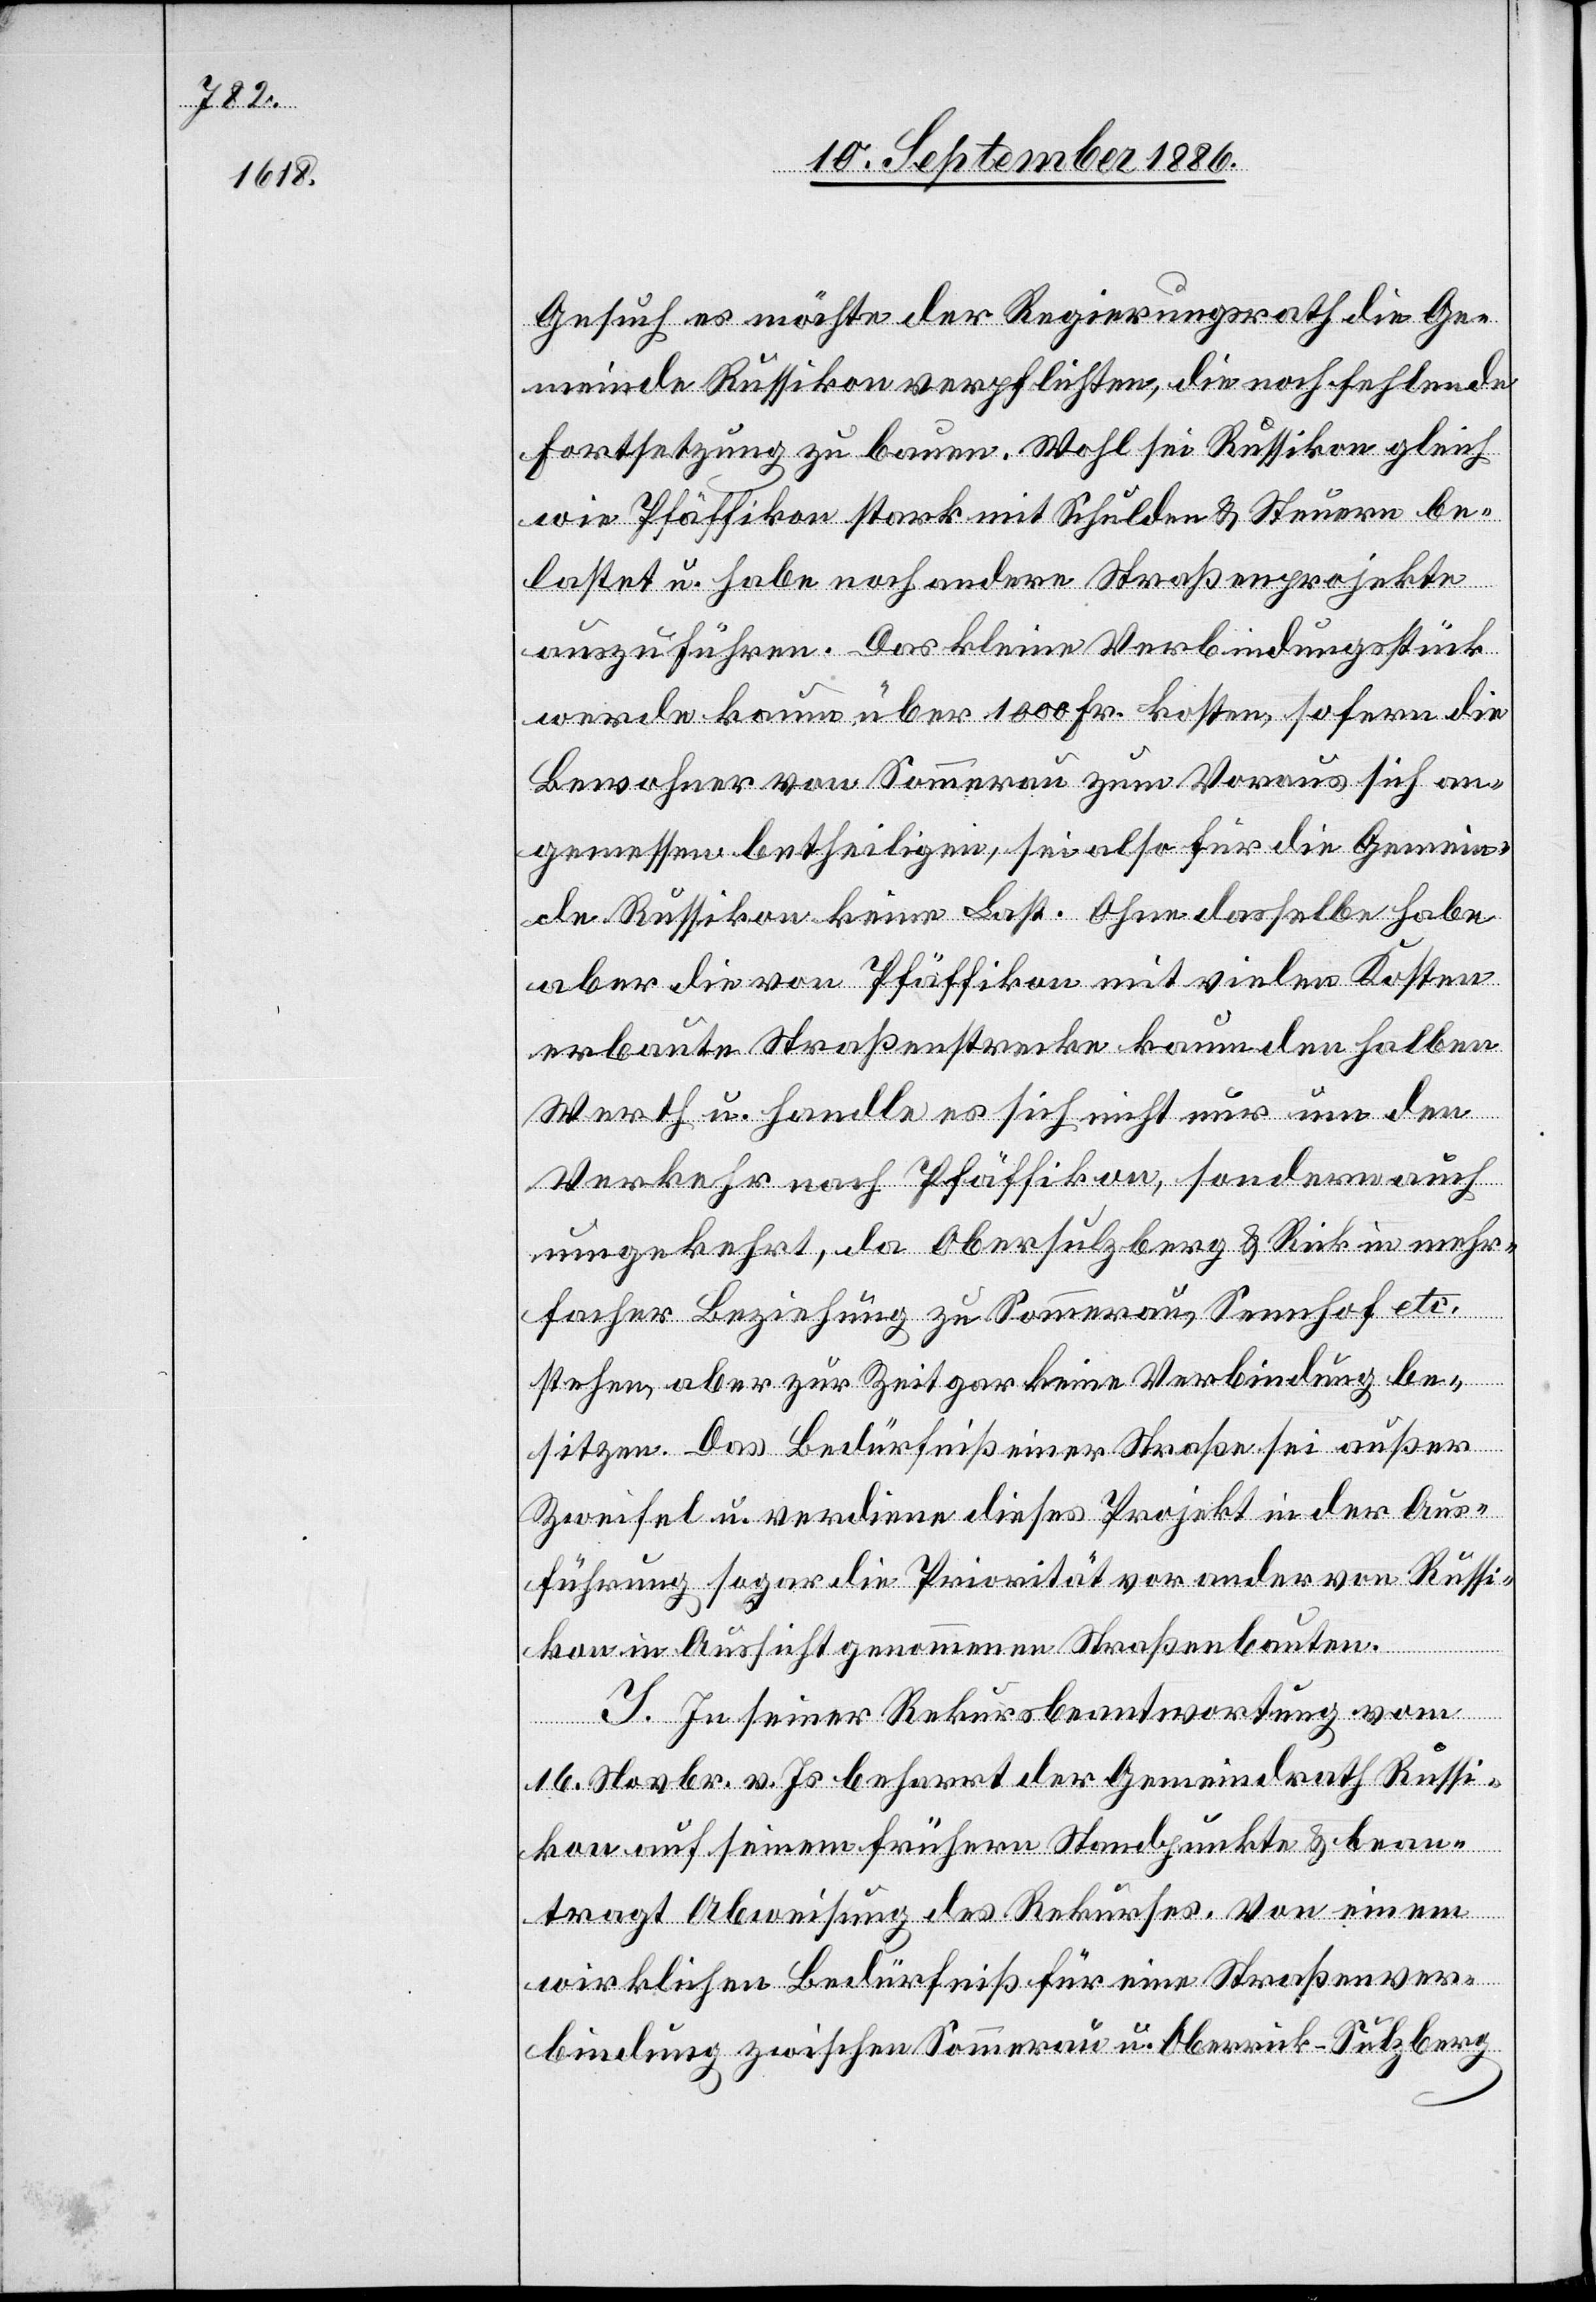
Gesuch, es möchte der Regierungsrath die Ge¬
meinde Russikon verpflichten, die noch fehlende
Fortsetzung zu bauen. Wohl sei Russikon gleich
wie Pfäffikon stark mit Schulden & Steuern be¬
lastet u. habe noch andere Straßenprojekte
auszuführen. Das kleine Verbindungsstück
werde kaum über 1800 Fr. kosten, sofern die
Bewohner von Sommerau zum Voraus sich an¬
gemessen betheiligen, sei also für die Gemein¬
de Russikon keine Last. Ohne dasselbe habe
aber die von Pfäffikon mit vielen Kosten
erbaute Straßenstrecke kaum den halben
Werth u. handle es sich nicht nur um den
Verkehr nach Pfäffikon, sondern auch
umgekehrt, da Obersulzberg & Rick in mehr¬
facher Beziehung zu Sommerau, Sennhof etc.
stehen, aber zur Zeit gar keine Verbindung be¬
sitzen. Das Bedürfniß einer Straße sei außer
Zweifel u. verdiene dieses Projekt in der Aus¬
führung sogar die Priorität vor ander[n] von Russi¬
kon in Aussicht genommenen Straßenbauten.
J. In seiner Rekursbeantwortung vom
16. Novbr. v. Js. beharrt der Gemeindrath Russi¬
kon auf seinem frühern Standpunkte & bean¬
tragt Abweisung des Rekurses. Von einem
wirklichen Bedürfniß für eine Straßenver¬
bindung zwischen Sommerau u. Oberrick–Sulzberg